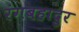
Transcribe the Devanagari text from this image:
रंगबहादुर